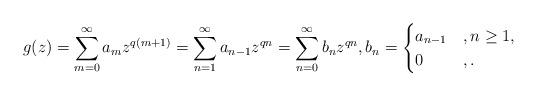
LaTeX: \begin{align*}g(z)=\sum_{m=0}^{\infty}a_mz^{q(m+1)}=\sum_{n=1}^{\infty}a_{n-1}z^{qn}=\sum_{n=0}^{\infty}b_nz^{qn},b_n=\begin{cases}a_{n-1}&, n\geq 1,\\0&, .\end{cases}\end{align*}